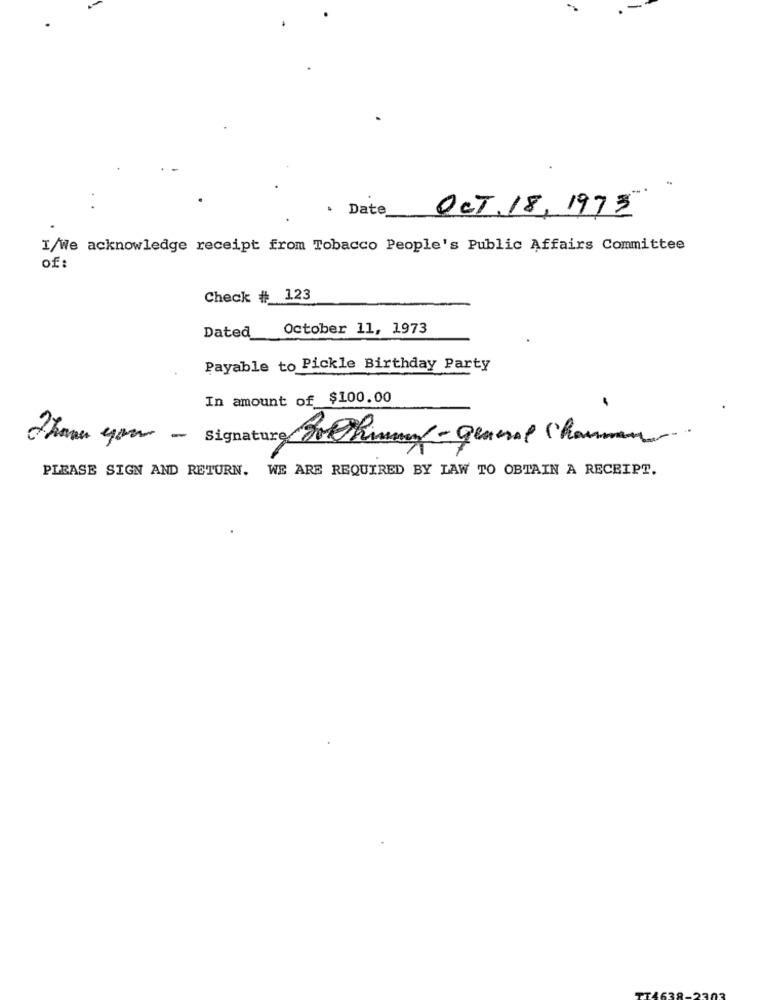
· Date
OCT.18,1973
I/We acknowledge receipt from Tobacco People's Public Affairs Committee
of:
Check # 123
Dated October 11, 1973
Payable to Pickle Birthday Party
In amount of $100.00
Then you - signature Porking-general Chouman.
PLEASE SIGN AND RETURN. WE ARE REQUIRED BY LAW TO OBTAIN A RECEIPT.